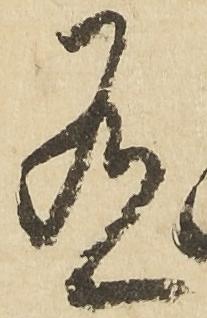
有